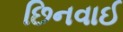
છિનવાઈ